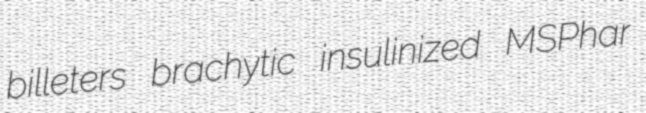
billeters brachytic insulinized MSPhar